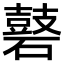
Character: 𪔑